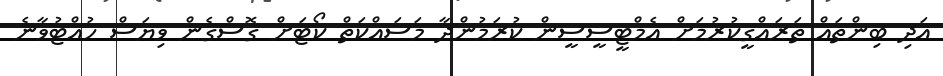
އަދި ބިންތައް ތަރައްގީކުރުމަށް އެމްޓީސީސީން ކުރަމުންދާ މަސައްކަތް ކޯޓަށް ގޮސްގެން ވިޔަސް ހުއްޓުވާނެ